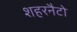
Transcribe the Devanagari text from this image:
शहरनैटो